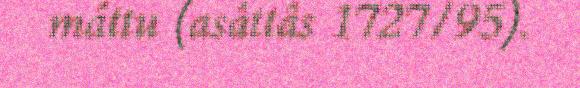
máttu (asâttâs 1727/95).